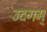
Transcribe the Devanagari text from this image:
उदगम्